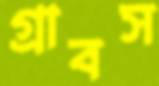
গ্রাবস